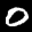
Label: 0